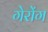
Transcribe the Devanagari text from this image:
गेरोंग